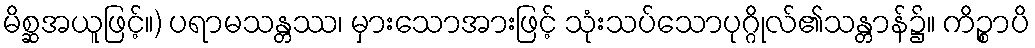
မိစ္ဆအယူဖြင့်။) ပရာမသန္တဿ၊ မှားသောအားဖြင့် သုံးသပ်သောပုဂ္ဂိုလ်၏သန္တာန်၌။ ကိဉ္စာပိ